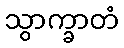
သွာက္ခာတံ